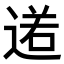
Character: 𨔏